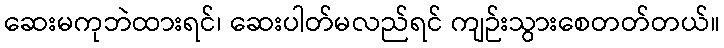
ဆေးမကုဘဲထားရင်၊ ဆေးပါတ်မလည်ရင် ကျဉ်းသွားစေတတ်တယ်။